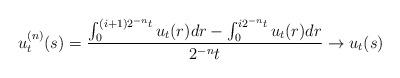
LaTeX: \begin{align*}u_{t}^{(n)}(s)=\frac{\int_{0}^{(i+1)2^{-n}t}u_{t}(r)dr-\int_{0}^{i2^{-n}t}u_{t}(r)dr}{2^{-n}t}\to u_{t}(s)\end{align*}